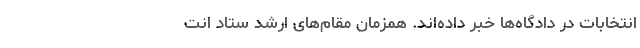
انتخابات در دادگاه‌ها خبر داده‌اند. همزمان مقام‌های ارشد ستاد انت